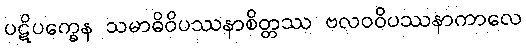
ပဋိပက္ခေန သမာဓိဝိပဿနာစိတ္တဿ ဗလဝဝိပဿနာကာလေ